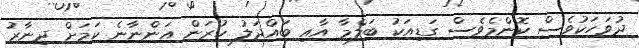
ދުވަހަކުވެސް ކޮންމެވެސް ގަޑިއަކު ބަލްމާ އާއި ބައްދަލު ކުރަން އަންނާނެ ކަމަށް ދިނާރު